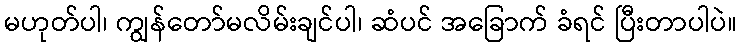
မဟုတ်ပါ၊ ကျွန်တော်မလိမ်းချင်ပါ၊ ဆံပင် အခြောက် ခံရင် ပြီးတာပါပဲ။